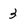
Character: 3